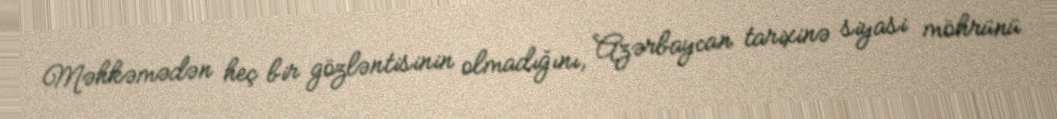
Məhkəmədən heç bir gözləntisinin olmadığını, Azərbaycan tarixinə siyasi möhrünü